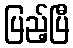
ပြည့်ပြီ